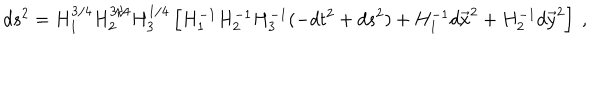
LaTeX: d s ^ { 2 } = H _ { 1 } ^ { 3 / 4 } H _ { 2 } ^ { 3 / 4 } H _ { 3 } ^ { 1 / 4 } \left[ H _ { 1 } ^ { - 1 } H _ { 2 } ^ { - 1 } H _ { 3 } ^ { - 1 } ( - d t ^ { 2 } + d s ^ { 2 } ) + H _ { 1 } ^ { - 1 } d { \vec { x } } ^ { 2 } + H _ { 2 } ^ { - 1 } d { \vec { y } } ^ { 2 } \right] ~ ,